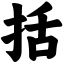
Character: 括